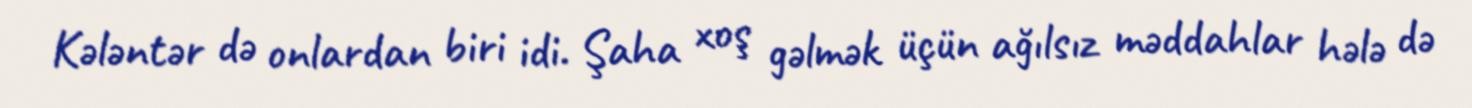
Kələntər də onlardan biri idi. Şaha xoş gəlmək üçün ağılsız məddahlar hələ də